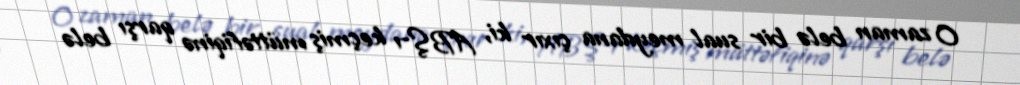
O zaman belə bir sual meydana çıxır ki, ABŞ-ı keçmiş müttəfiqinə qarşı belə